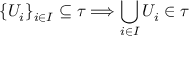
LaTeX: \{ U _ { i } \} _ { i \in I } \subseteq \tau \Longrightarrow \bigcup _ { i \in I } U _ { i } \in \tau \qquad